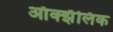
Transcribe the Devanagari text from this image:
ऑक्झॅलिक